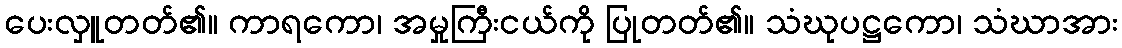
ပေးလှူတတ်၏။ ကာရကော၊ အမှုကြီးငယ်ကို ပြုတတ်၏။ သံဃုပဋ္ဌကော၊ သံဃာအား